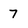
Character: 7